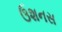
ઉશનસ